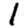
Digit: 1